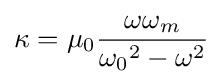
\kappa =\mu _{0}{\frac {\omega \omega _{m}}{{\omega _{0}}^{2}-\omega ^{2}}}